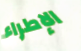
الإطراء